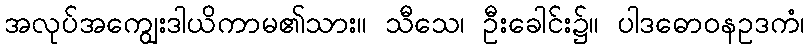
အလုပ်အကျွေးဒါယိကာမ၏သား။ သီသေ၊ ဦးခေါင်း၌။ ပါဒဓောဝနဥဒကံ၊